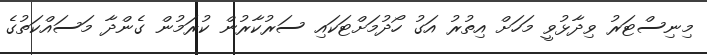
މިނިސްޓަރު ވިދާޅުވީ މަހަށް އިތުރު އަގު ހޯދުމަށްޓަކައި ސަރުކާރުން ކުރަމުން ގެންދާ މަސައްކަތުގެ